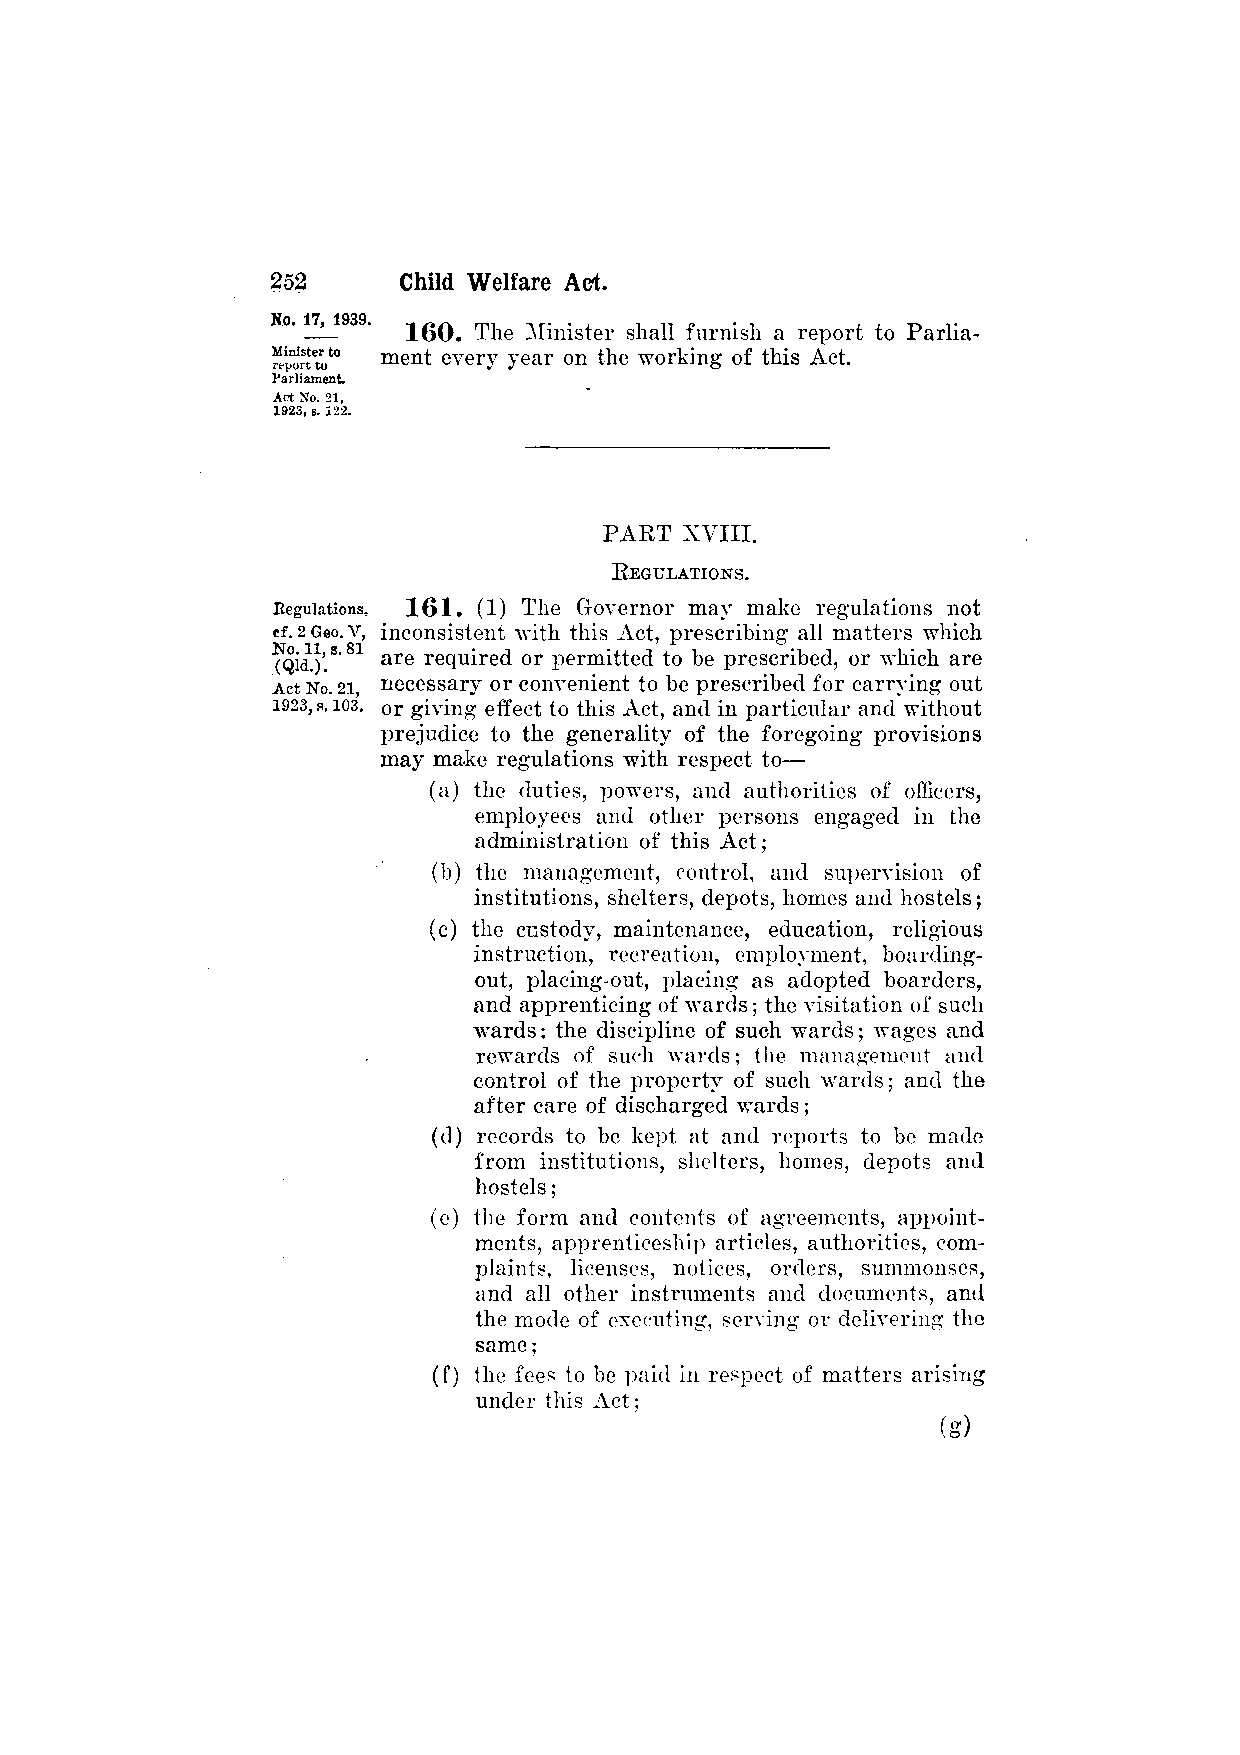
160. The Minister shall furnish a report to Parlia­
 ment every year on the working of this Act.
 PART XVIII.
 REGULATIONS.
 161. (1) The Governor may make regulations not
 inconsistent ivith this Act, prescribing all matters which
 are required or permitted to be prescribed, or which are
 necessary or convenient to be prescribed for carrying out
 or giving effect to this Act, and in particular and without
 prejudice to the generality of the foregoing provisions
 may make regulations with respect to—
 (a) the duties, powers, and authorities of officers,
 employees and other persons engaged in the
 administration of this Act;
 (b) the management, control, and supervision of
 institutions, shelters, depots, homes and hostels;
 (c) the custody, maintenance, education, religious
 instruction, recreation, employment, boarding-
 out, placing-out, placing as adopted boarders,
 and apprenticing of wards; the visitation of such
 wards; the discipline of such wards; wages and
 rewards of such wards; the management and
 control of the property of such wards; and the
 after care of discharged wards;
 (d) records to be kept at and reports to be made
 from institutions, shelters, homes, depots and
 hostels;
 (e) the form and contents of agreements, appoint­
 ments, apprenticeship articles, authorities, com­
 plaints, licenses, notices, orders, summonses,
 and all other instruments and documents, and
 the mode of executing, serving or delivering the
 same;
 (f) the fees to be paid in respect of matters arising
 under this Act;
 (g)